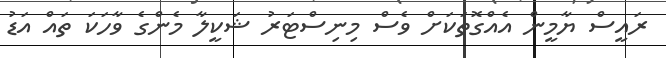
ރައީސް ޔާމީން އެއްގޮތަކަށް ވެސް މިނިސްޓަރު ޝަކީލާ މެންގެ ވާހަކަ ތައް އަޑު